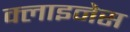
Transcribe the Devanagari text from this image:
क्लाइनेस